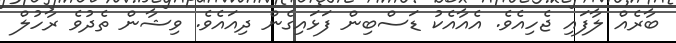
ބާރެއް ލާފައި ޖެހިއެވެ. އެއާއެކު ޑަސްބިން ފަޅައިގެން ދިއައެވެ. ވިޝާން ތެދުވެ ރާހުލް